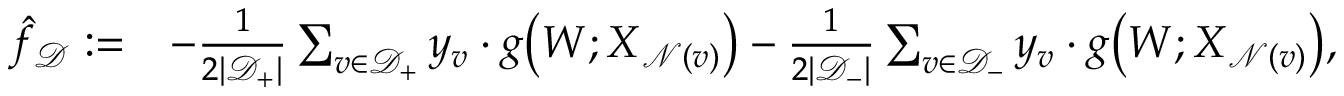
\begin{array} { r l } { \hat { f } _ { \mathcal { D } } : = } & { - \frac { 1 } { 2 | \mathcal { D } _ { + } | } \sum _ { v \in \mathcal { D } _ { + } } y _ { v } \cdot g \big ( { \boldsymbol W } ; { \boldsymbol X } _ { \mathcal { N } ( v ) } \big ) - \frac { 1 } { 2 | \mathcal { D } _ { - } | } \sum _ { v \in \mathcal { D } _ { - } } y _ { v } \cdot g \big ( { \boldsymbol W } ; { \boldsymbol X } _ { \mathcal { N } ( v ) } \big ) , } \end{array}